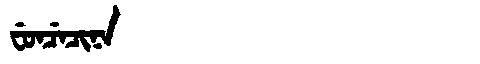
Manchu: ᠸᡠᠨᠴᡝᠴᡳᠨᠠ
Romanization: FUNCECINA